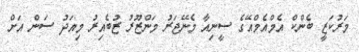
މަރުކަޒީ ބެންކް އެމްއެމްއޭގެ ސީނިއާ މެނޭޖަރު މަންޒޫރު ޒުބެއިރު މިއަދު ސަން އަށް